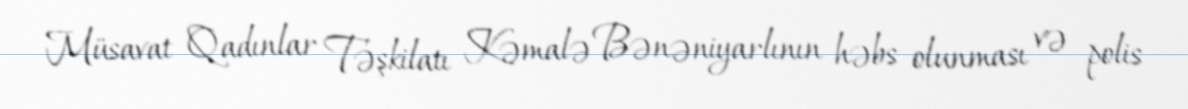
Müsavat Qadınlar Təşkilatı Kəmalə Bənəniyarlının həbs olunması və polis